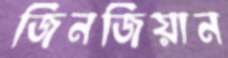
জিনজিয়ান